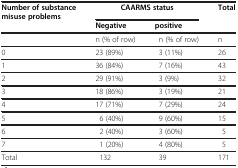
<table><thead><tr><td><b>Number of substance misuse problems</b></td><td colspan="2"><b>CAARMS status</b></td><td><b>Total</b></td></tr><tr><td><b> </b></td><td><b>Negative</b></td><td><b>positive</b></td><td><b> </b></td></tr></thead><tbody><tr><td> </td><td>n (% of row)</td><td>n (% of row)</td><td>n</td></tr><tr><td>0</td><td>23 (89%)</td><td>3 (11%)</td><td>26</td></tr><tr><td>1</td><td>36 (84%)</td><td>7 (16%)</td><td>43</td></tr><tr><td>2</td><td>29 (91%)</td><td>3 (9%)</td><td>32</td></tr><tr><td>3</td><td>18 (86%)</td><td>3 (19%)</td><td>21</td></tr><tr><td>4</td><td>17 (71%)</td><td>7 (29%)</td><td>24</td></tr><tr><td>5</td><td>6 (40%)</td><td>9 (60%)</td><td>15</td></tr><tr><td>6</td><td>2 (40%)</td><td>3 (60%)</td><td>5</td></tr><tr><td>7</td><td>1 (20%)</td><td>4 (80%)</td><td>5</td></tr><tr><td>Total</td><td>132</td><td>39</td><td>171</td></tr></tbody></table>